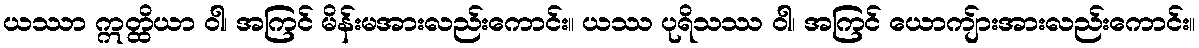
ယဿာ ဣတ္ထိယာ ဝါ၊ အကြင် မိန်းမအားလည်းကောင်း။ ယဿ ပုရိသဿ ဝါ၊ အကြင် ယောကျ်ားအားလည်းကောင်း။